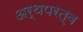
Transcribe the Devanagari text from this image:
अर्थपरत्व